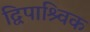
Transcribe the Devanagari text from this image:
द्विपाश्र्विक